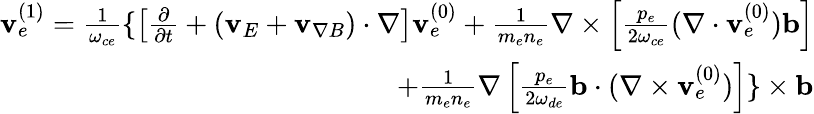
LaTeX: \begin{array}{r}{\begin{array}{r}{{\mathbf v_{e}^{(1)}}=\frac{1}{\omega_{ce}}\{ \left[\frac{\partial}{\partial t}+({\mathbf v_{E}}+{\mathbf v_{\nabla B}})\cdot\nabla\right]{\mathbf v}_{e}^{(0)}+\frac{1}{m_{e}n_{e}}\nabla\times\left[\frac{p_{e}}{2\omega_{ce}}(\nabla\cdot{\mathbf v_{e}^{(0)}}){\mathbf b}\right]}\\ {+\frac{1}{m_{e}n_{e}}\nabla\left[\frac{p_{e}}{2\omega_{de}}{\mathbf b}\cdot(\nabla\times{\mathbf v_{e}^{(0)}})\right]\} \times{\mathbf b}}\end{array}}\end{array}